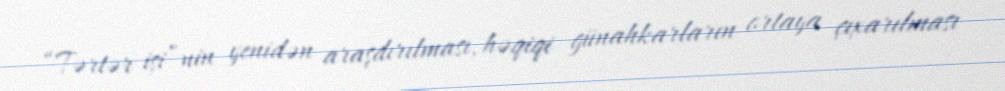
“Tərtər işi”nin yenidən araşdırılması, həqiqi günahkarların ortaya çıxarılması